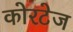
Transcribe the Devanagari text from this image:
कोरटेज